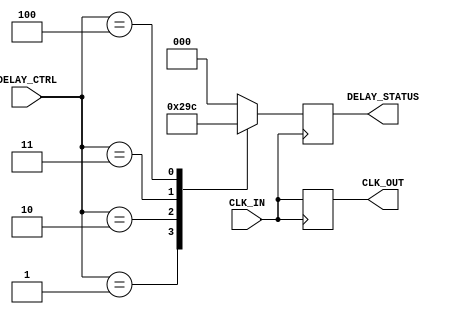
module DelayClockBuffer (
    input wire CLK_IN,          // Input clock signal
    input wire [2:0] DELAY_CTRL, // Control signal for delay selection
    output reg CLK_OUT,         // Buffered clock output
    output reg [2:0] DELAY_STATUS // Current delay state
);

    // Parameters for delay stages (adjust as needed)
    parameter DELAY_0 = 0; // No delay
    parameter DELAY_1 = 1; // 1 clock cycle delay
    parameter DELAY_2 = 2; // 2 clock cycle delay
    parameter DELAY_3 = 3; // 3 clock cycle delay
    parameter DELAY_4 = 4; // 4 clock cycle delay

    // Internal signals for delay stages
    reg [4:0] delay_reg [0:4]; // Delay registers for 5 stages

    // Initialize delay registers
    initial begin
        delay_reg[0] = DELAY_0;
        delay_reg[1] = DELAY_1;
        delay_reg[2] = DELAY_2;
        delay_reg[3] = DELAY_3;
        delay_reg[4] = DELAY_4;
    end

    // Process to handle clock input and delay selection
    always @(posedge CLK_IN) begin
        case (DELAY_CTRL)
            3'b000: begin
                CLK_OUT <= CLK_IN; // No delay
                DELAY_STATUS <= 3'b000;
            end
            3'b001: begin
                #1 CLK_OUT <= CLK_IN; // 1 clock cycle delay
                DELAY_STATUS <= 3'b001;
            end
            3'b010: begin
                #2 CLK_OUT <= CLK_IN; // 2 clock cycle delay
                DELAY_STATUS <= 3'b010;
            end
            3'b011: begin
                #3 CLK_OUT <= CLK_IN; // 3 clock cycle delay
                DELAY_STATUS <= 3'b011;
            end
            3'b100: begin
                #4 CLK_OUT <= CLK_IN; // 4 clock cycle delay
                DELAY_STATUS <= 3'b100;
            end
            default: begin
                CLK_OUT <= CLK_IN; // Default to no delay
                DELAY_STATUS <= 3'b000;
            end
        endcase
    end

endmodule